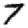
Digit: 7